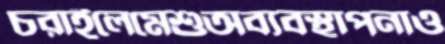
চরাইলেমেশুঅব্যবস্থাপনাও